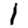
Digit: 1